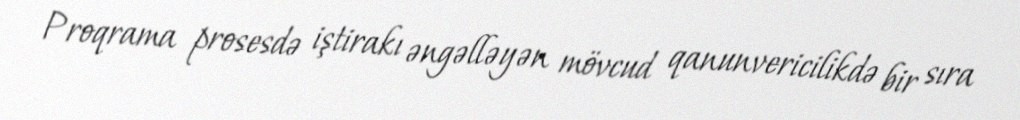
Proqrama prosesdə iştirakı əngəlləyən mövcud qanunvericilikdə bir sıra